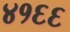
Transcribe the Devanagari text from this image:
४१६६